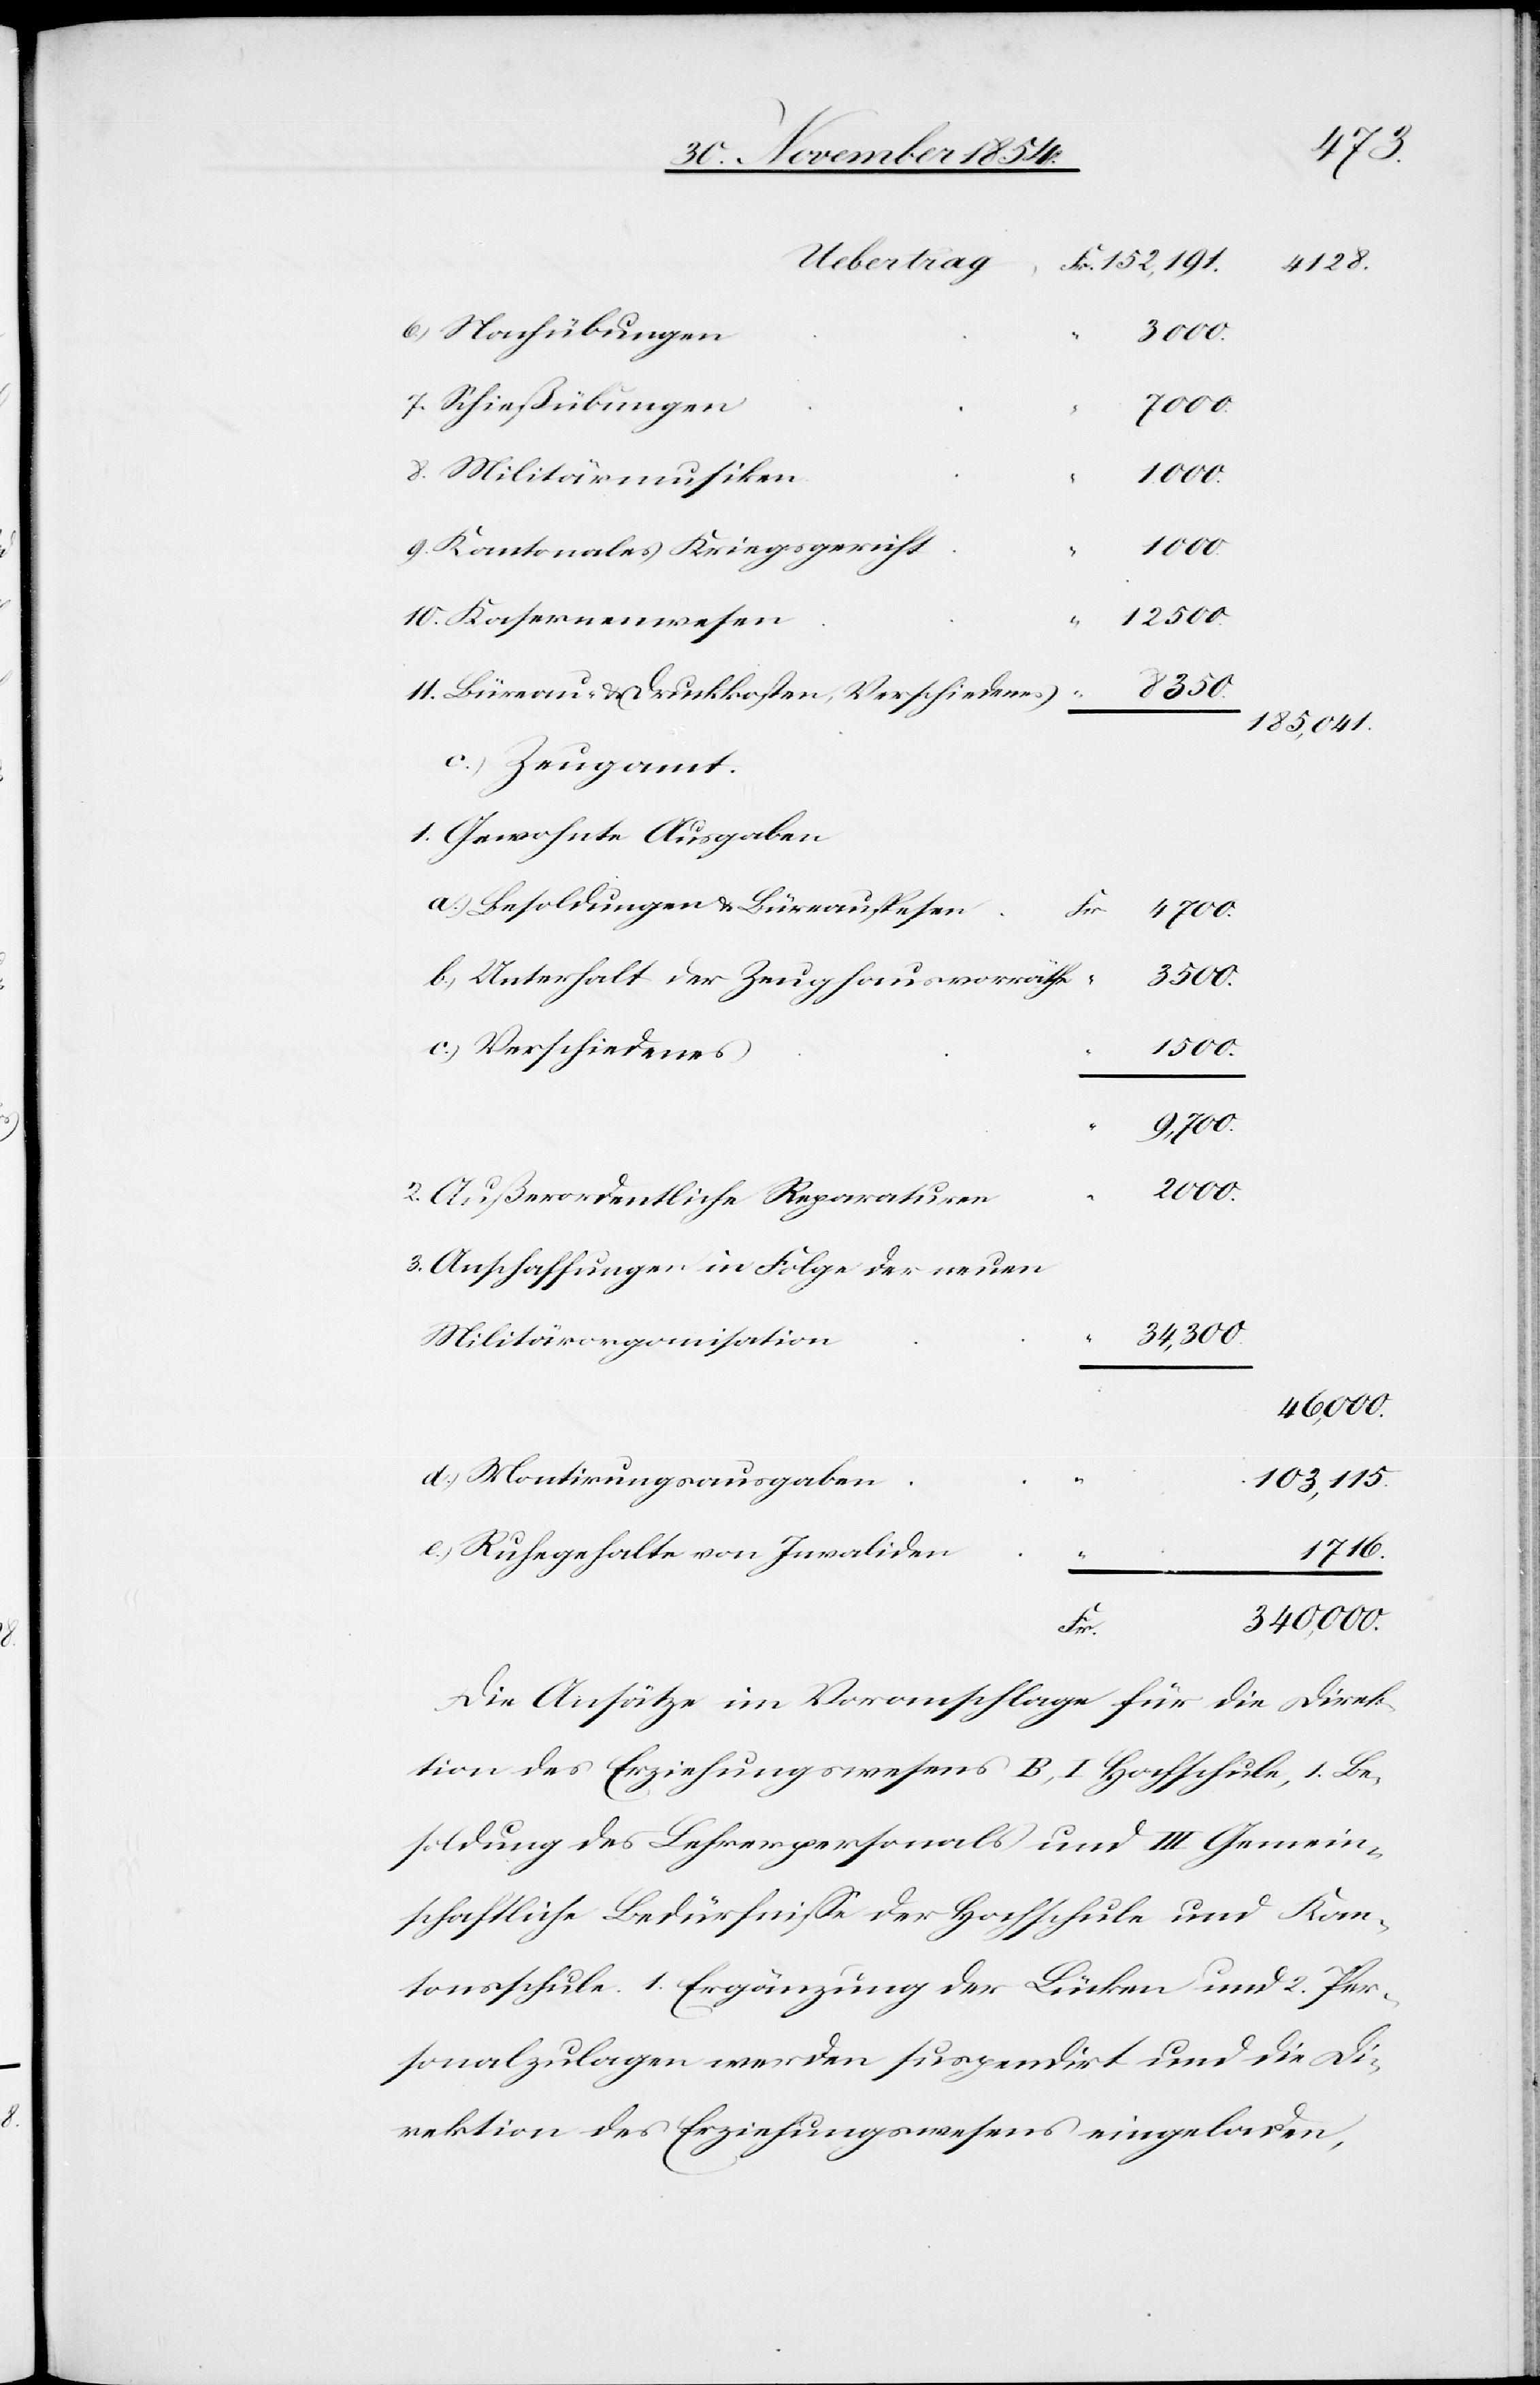
Uebertrag
6. Nachübungen
3000.
7. Schießübungen
7000.
8. Militärmusiken
152,191
4128
9. Kantonales Kriegsgericht
10. Kasernenwesen
“
8350.
11. Büreau- & Druckkosten, Verschiedenes
185,041.
c.) Zeugamt.
1. Gewohnte Ausgaben
a.) Besoldungen & Büreauspesen
Fr.
9,700.
b.) Unterhalt der Zeughausvoräthe
3500.
c.) Verschiedenes
1500.
2000.
2. Außerordentliche Reparaturen
3. Anschaffungen in Folge der neuen
34,300.
Militärorganisation
46,000.
d.) Montirungsausgaben
103,115.
e.) Ruhegehalte von Invaliden
1716.
340,000.
Fr.
Die Ansätze im Voranschlage für die Direk¬
tion des Erziehungswesens B, I Hochschule, 1. Be¬
soldung des Lehrerpersonals und III Gemein¬
schaftliche Bedürfniße der Hochschule und Kan¬
tonsschule. 1. Ergänzung der Lücken und 2. Per¬
sonalzulagen werden suspendirt und die Di¬
rektion des Erziehungswesens eingeladen,